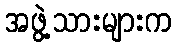
အဖွဲ့သားများက